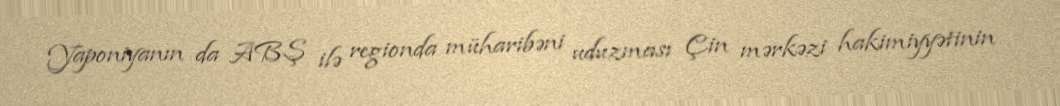
Yaponiyanın da ABŞ ilə regionda müharibəni uduzması Çin mərkəzi hakimiyyətinin